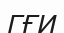
ГҒИ